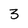
Character: 3